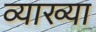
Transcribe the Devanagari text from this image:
व्याख्या